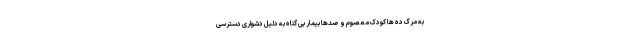
به مرگ ده ها کودک معصوم و صدها بیمار بی گناه به دلیل دشواری دسترسی